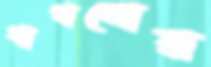
থাগনোর